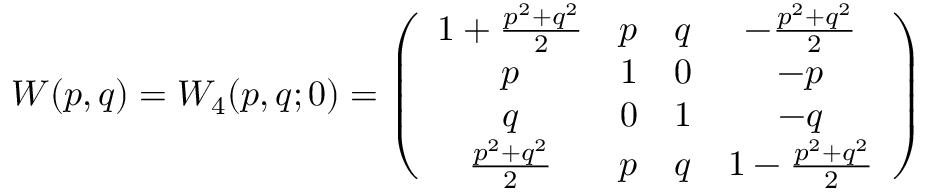
W ( p , q ) = W _ { 4 } ( p , q ; 0 ) = \left( \begin{array} { c c c c } { { 1 + \frac { p ^ { 2 } + q ^ { 2 } } { 2 } } } & { { p } } & { { q } } & { { - \frac { p ^ { 2 } + q ^ { 2 } } { 2 } } } \\ { { p } } & { { 1 } } & { { 0 } } & { { - p } } \\ { { q } } & { { 0 } } & { { 1 } } & { { - q } } \\ { { \frac { p ^ { 2 } + q ^ { 2 } } { 2 } } } & { { p } } & { { q } } & { { 1 - \frac { p ^ { 2 } + q ^ { 2 } } { 2 } } } \end{array} \right)